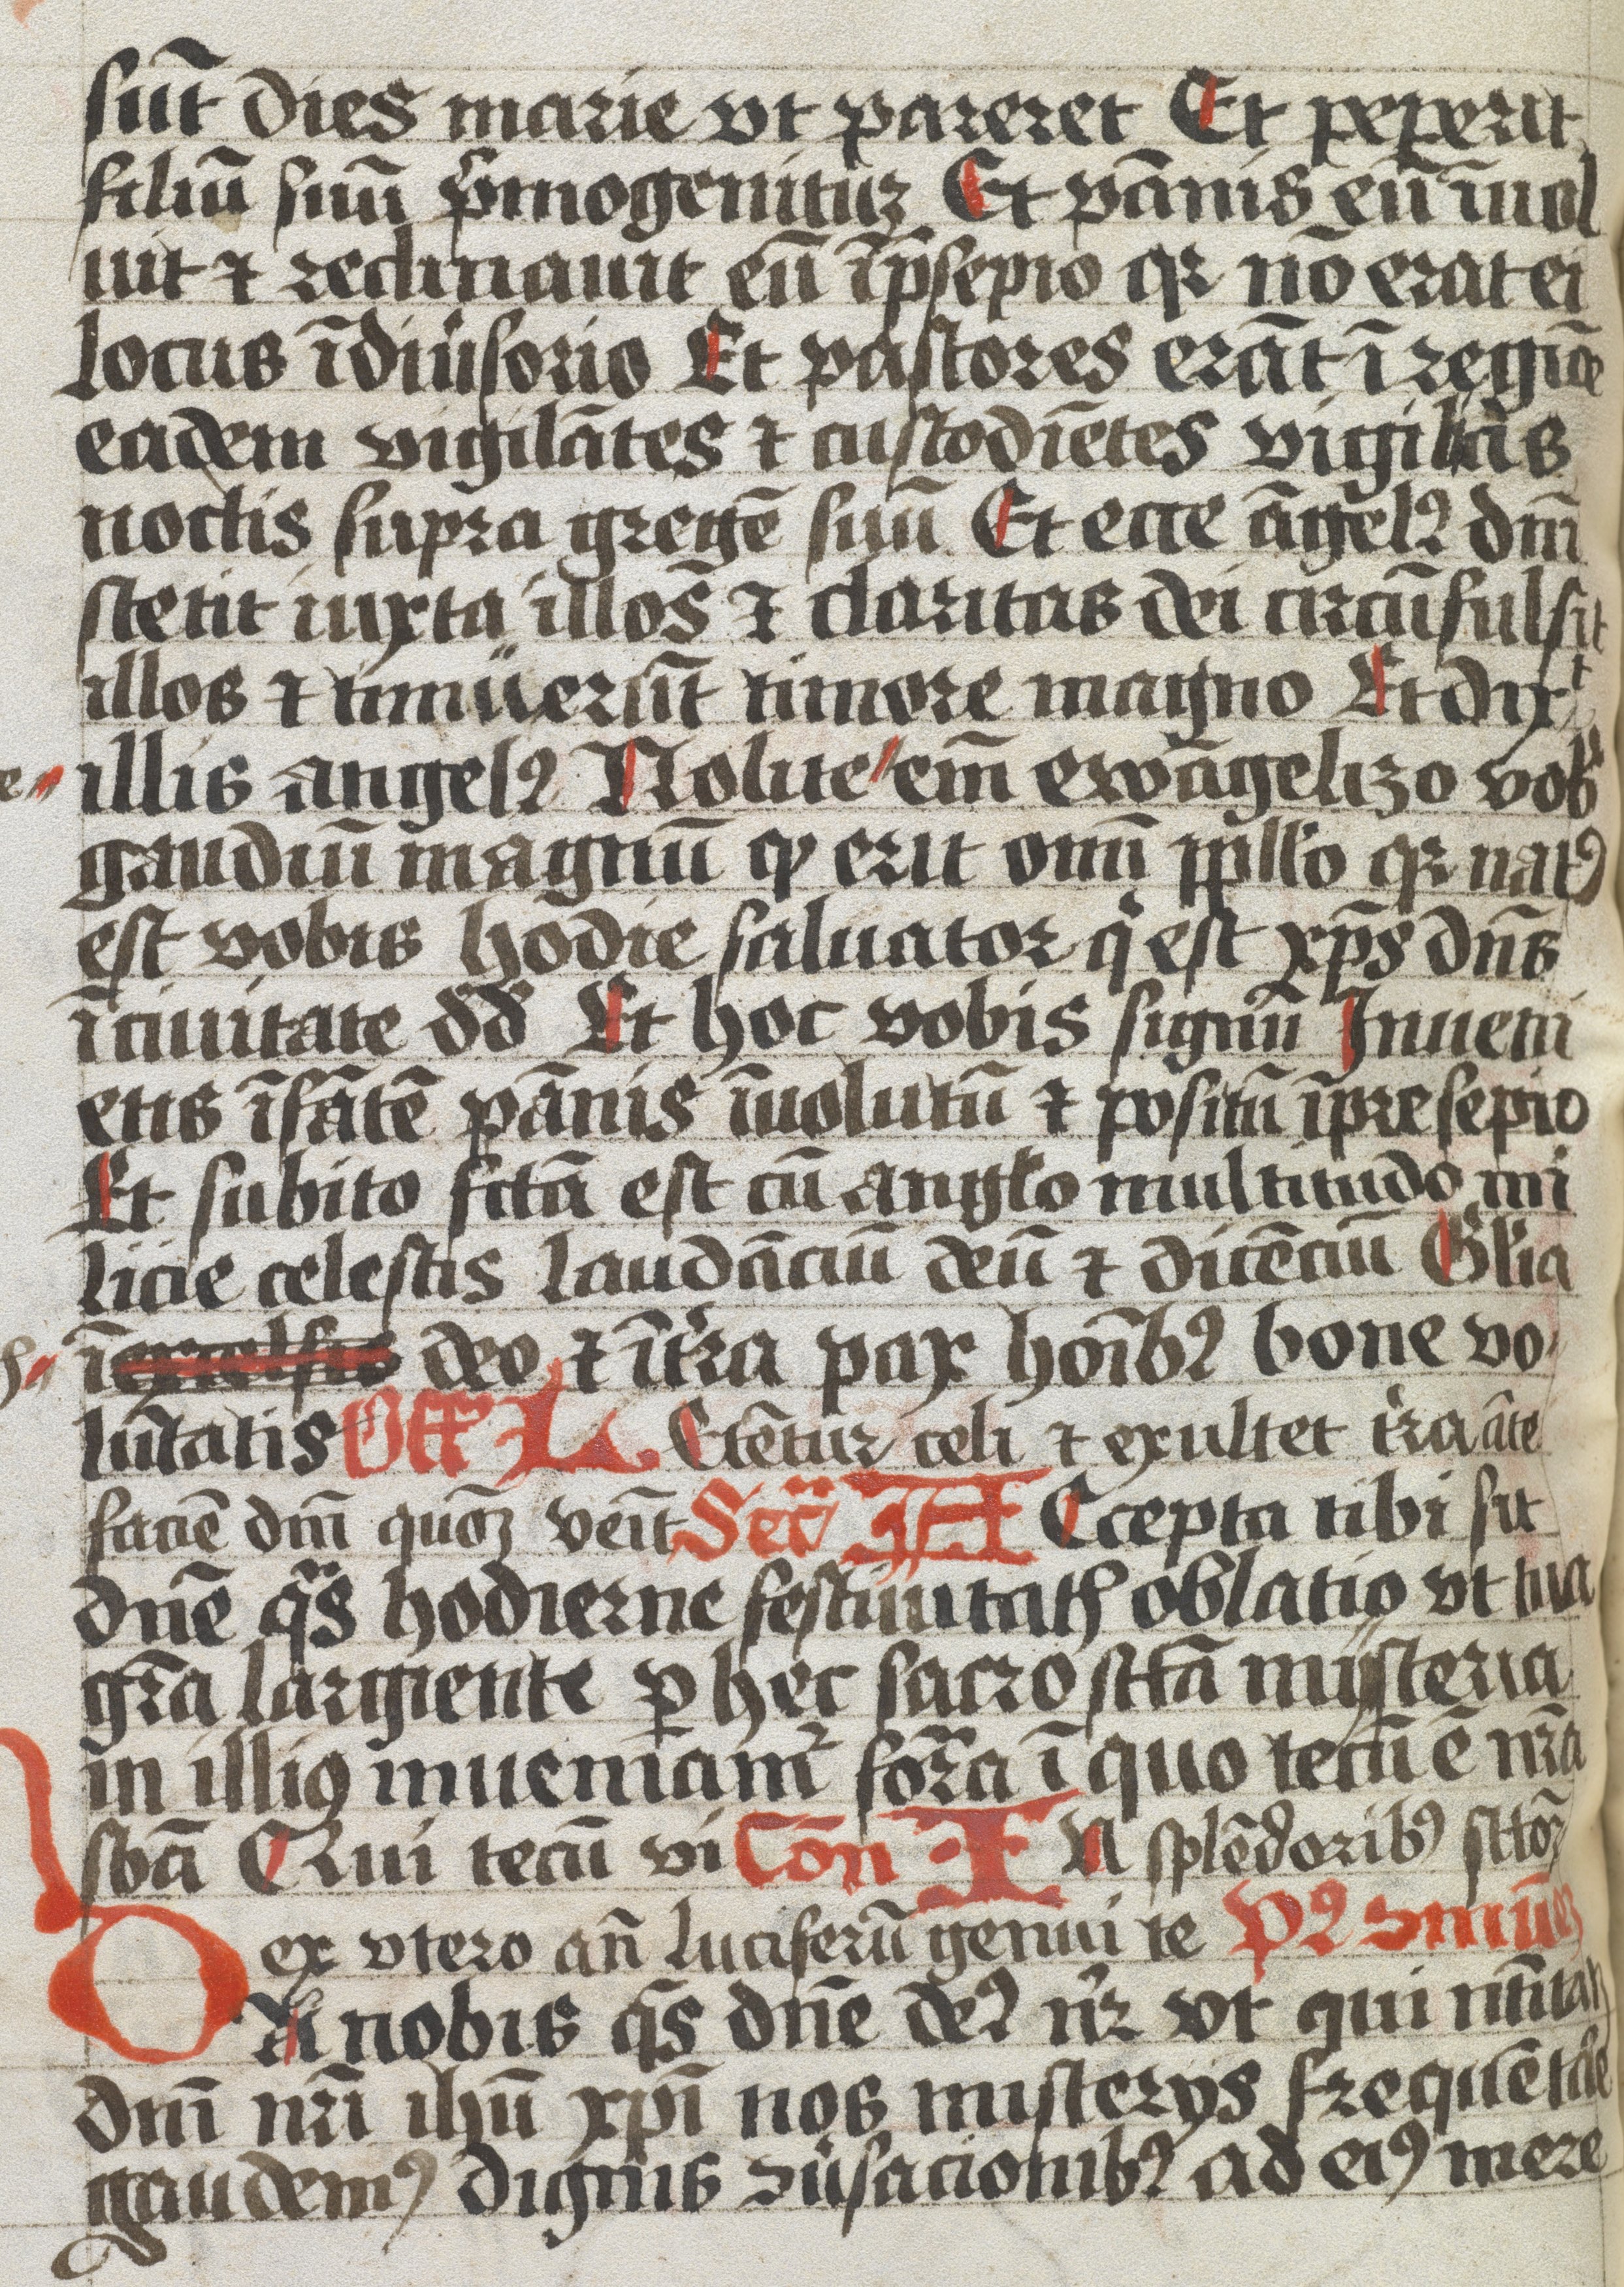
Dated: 1483–1483